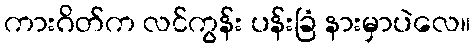
ကားဂိတ်က လင်ကွန်း ပန်းခြံ နားမှာပဲလေ။